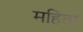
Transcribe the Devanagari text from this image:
महिता